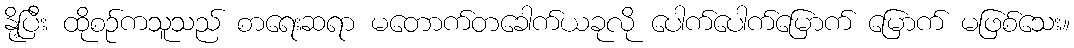
နို့ပြီး ထိုစဉ်ကသူသည် စာရေးဆရာ မတောက်တခေါက်ယခုလို ပေါက်ပေါက်မြောက် မြောက် မဖြစ်သေး။